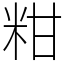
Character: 粓